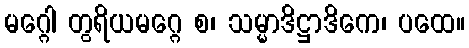
မဂ္ဂေါ တွရိယမဂ္ဂေ စ၊ သမ္မာဒိဋ္ဌာဒိကေ၊ ပထေ။